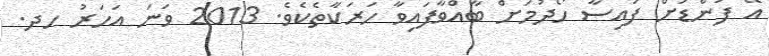
އޭ ފަންޑަށް ފައިސާ ހޯދުމަށް ބާއްވާފައިވާ ހަރަކާތެކެވެ. 2013 ވަނަ އަހަރު ހދ.